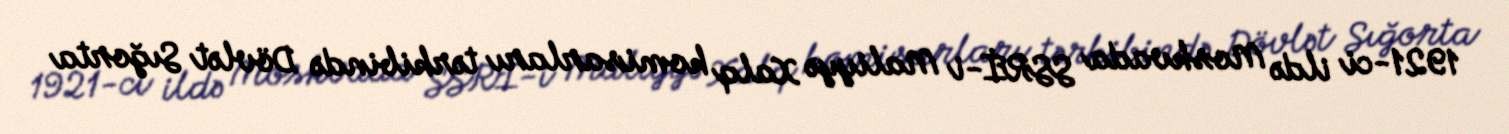
1921-ci ildə Moskvada SSRİ-i Maliyyə Xalq komisarları tərkibində Dövlət Sığorta